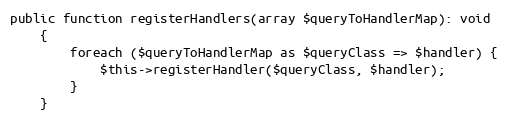
Language: PHP
public function registerHandlers(array $queryToHandlerMap): void
    {
        foreach ($queryToHandlerMap as $queryClass => $handler) {
            $this->registerHandler($queryClass, $handler);
        }
    }